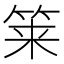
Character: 𮵱